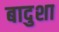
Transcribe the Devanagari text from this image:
बादुशा